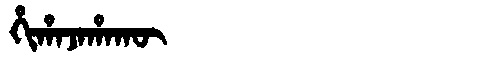
Manchu: ᡥᡳᡥᠠᠵᠠᡥᠠᡴᡡ
Romanization: HIHAJAHAKŪ